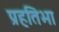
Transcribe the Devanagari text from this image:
प्रहतिभा